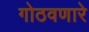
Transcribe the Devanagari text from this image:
गोठवणारे